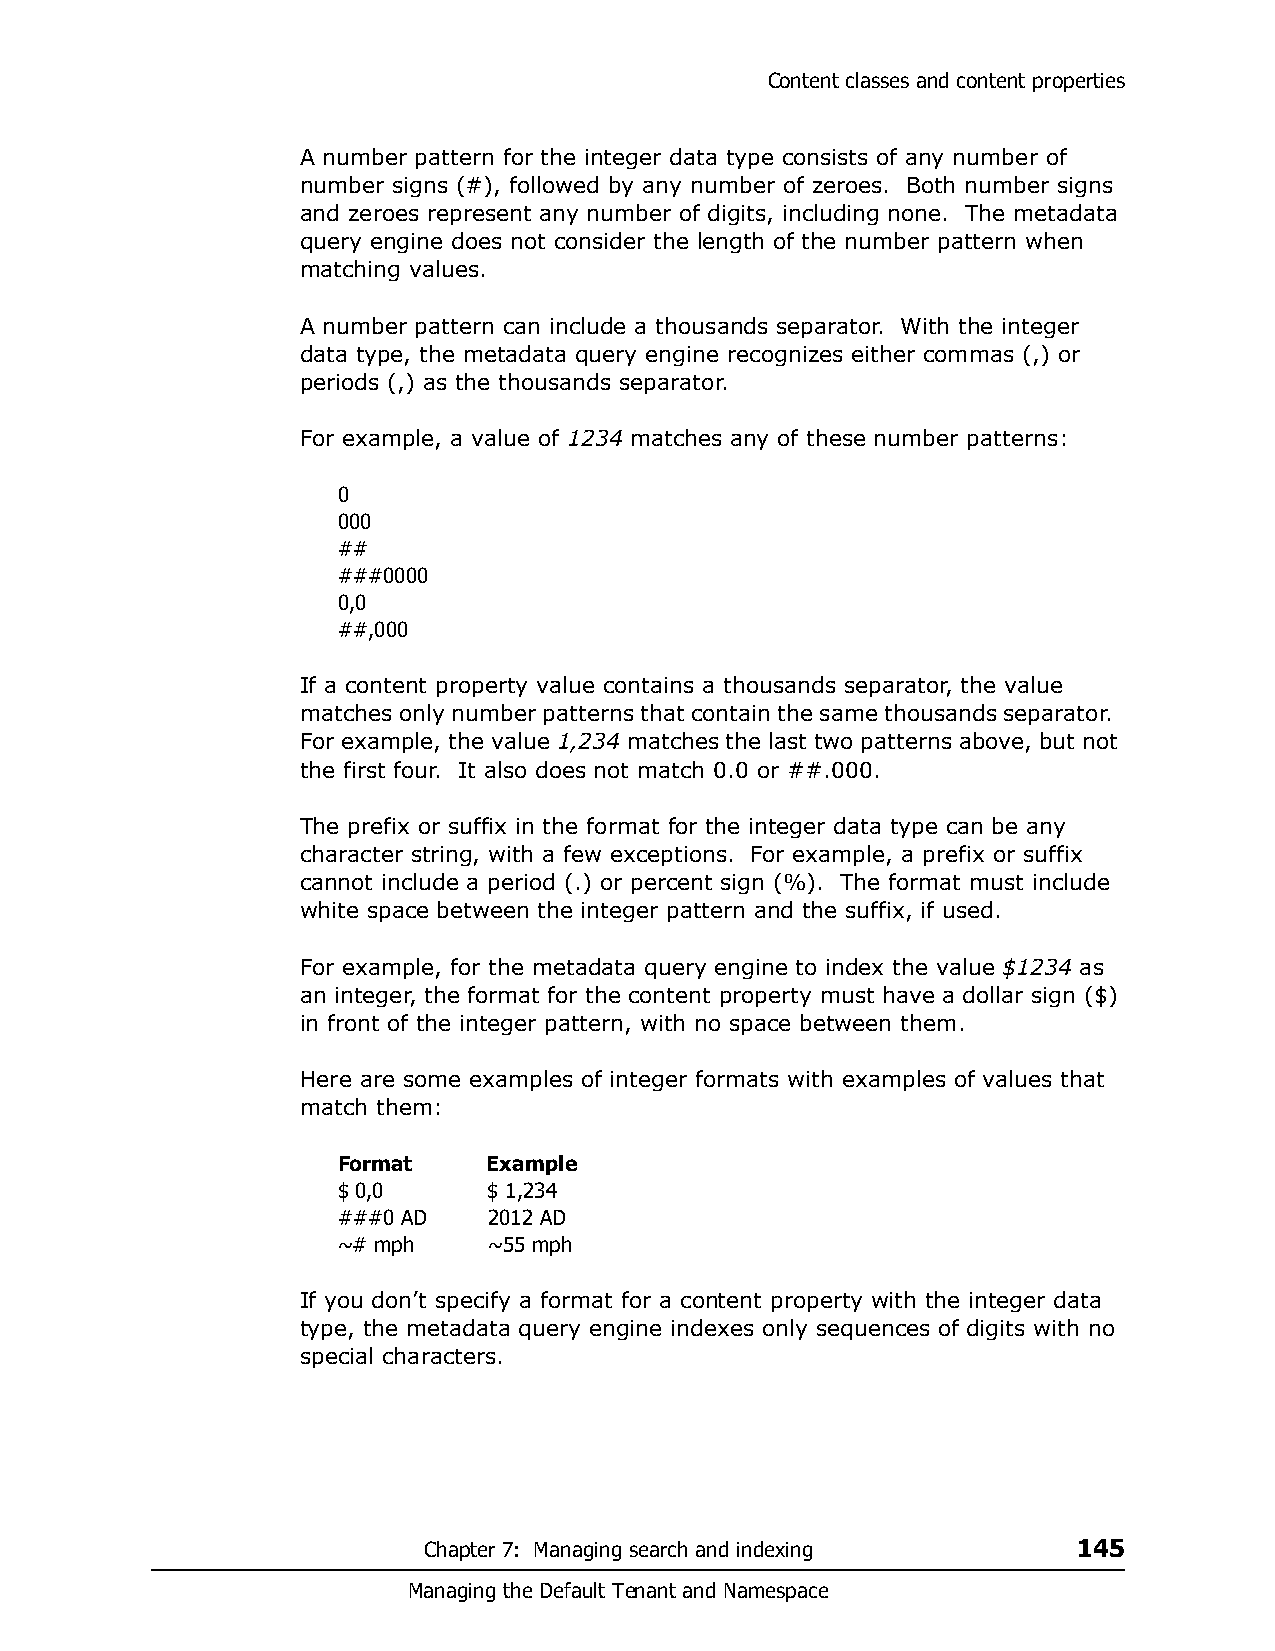
Content classes and content properties
 A number pattern for the integer data type consists of any number of
 number signs (#), followed by any number of zeroes. Both number signs
 and zeroes represent any number of digits, including none. The metadata
 query engine does not consider the length of the number pattern when
 matching values.
 A number pattern can include a thousands separator. With the integer
 data type, the metadata query engine recognizes either commas (,) or
 periods (,) as the thousands separator.
 For example, a value of 1234 matches any of these number patterns:
 0
 000
 ##
 ###0000
 0,0
 ##,000
 If a content property value contains a thousands separator, the value
 matches only number patterns that contain the same thousands separator.
 For example, the value 1,234 matches the last two patterns above, but not
 the first four. It also does not match 0.0 or ##.000.
 The prefix or suffix in the format for the integer data type can be any
 character string, with a few exceptions. For example, a prefix or suffix
 cannot include a period (.) or percent sign (%). The format must include
 white space between the integer pattern and the suffix, if used.
 For example, for the metadata query engine to index the value $1234 as
 an integer, the format for the content property must have a dollar sign ($)
 in front of the integer pattern, with no space between them.
 Here are some examples of integer formats with examples of values that
 match them:
 Format    Example
 $ 0,0     $ 1,234
 ###0 AD   2012 AD
 ~# mph    ~55 mph
 If you don’t specify a format for a content property with the integer data
 type, the metadata query engine indexes only sequences of digits with no
 special characters.
 Chapter 7: Managing search and indexing    145
 Managing the Default Tenant and Namespace